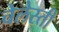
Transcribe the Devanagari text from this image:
चेलेस्ती